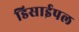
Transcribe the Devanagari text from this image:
डिसाईपल